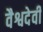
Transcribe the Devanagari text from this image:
वैश्वदेवी